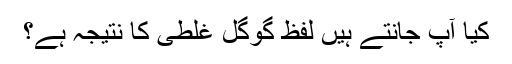
کیا آپ جانتے ہیں لفظ گوگل غلطی کا نتیجہ ہے؟